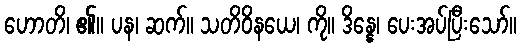
ဟောတိ၊ ၏။ ပန၊ ဆက်။ သတိဝိနယေ၊ ကို။ ဒိန္နေ၊ ပေးအပ်ပြီးသော်။